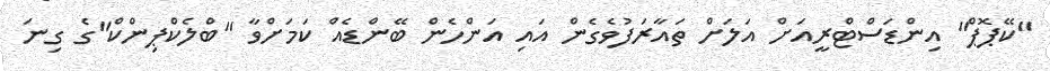
"ކޭޕޮޕް" އިންޑަސްޓްރީއަށް އަލަށް ތައާރަފުވެގެން އައި އަންހެން ބޭންޑެއް ކަމަށްވާ "ބްލެކްޕިންކް"ގެ ގިނަ